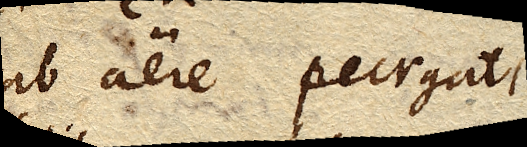
ab aere purgati